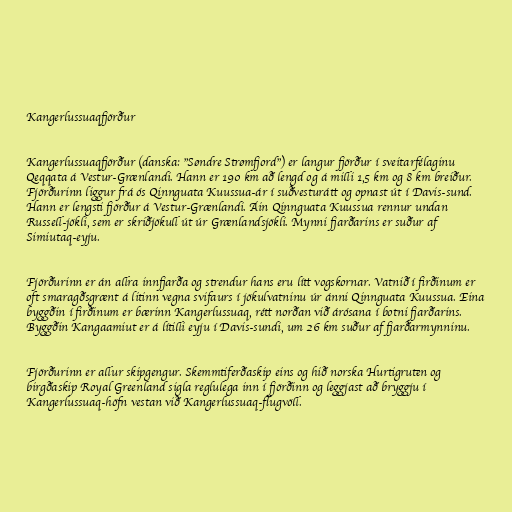
Kangerlussuaqfjörður

Kangerlussuaqfjörður (danska: "Søndre Strømfjord") er langur fjörður í sveitarfélaginu
Qeqqata á Vestur-Grænlandi. Hann er 190 km að lengd og á milli 1,5 km og 8 km breiður.
Fjörðurinn liggur frá ós Qinnguata Kuussua-ár í suðvesturátt og opnast út í Davis-sund.
Hann er lengsti fjörður á Vestur-Grænlandi. Áin Qinnguata Kuussua rennur undan
Russell-jökli, sem er skriðjökull út úr Grænlandsjökli. Mynni fjarðarins er suður af
Simiutaq-eyju.

Fjörðurinn er án allra innfjarða og strendur hans eru lítt vogskornar. Vatnið í firðinum er
oft smaragðsgrænt á litinn vegna svifaurs í jökulvatninu úr ánni Qinnguata Kuussua. Eina
byggðin í firðinum er bærinn Kangerlussuaq, rétt norðan við árósana í botni fjarðarins.
Byggðin Kangaamiut er á lítilli eyju í Davis-sundi, um 26 km suður af fjarðarmynninu.

Fjörðurinn er allur skipgengur. Skemmtiferðaskip eins og hið norska Hurtigruten og
birgðaskip Royal Greenland sigla reglulega inn í fjörðinn og leggjast að bryggju í
Kangerlussuaq-höfn vestan við Kangerlussuaq-flugvöll.